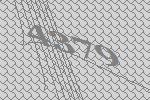
4379